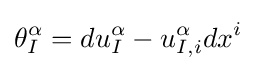
\theta _{I}^{\alpha }=du_{I}^{\alpha }-u_{I,i}^{\alpha }dx^{i}